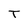
Character: T